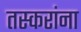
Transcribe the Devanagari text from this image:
तस्करांना